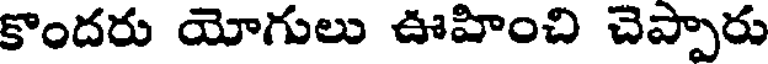
కొందరు యోగులు ఊహించి చెప్పారు